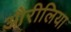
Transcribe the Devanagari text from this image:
औरीलिया